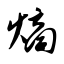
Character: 熵